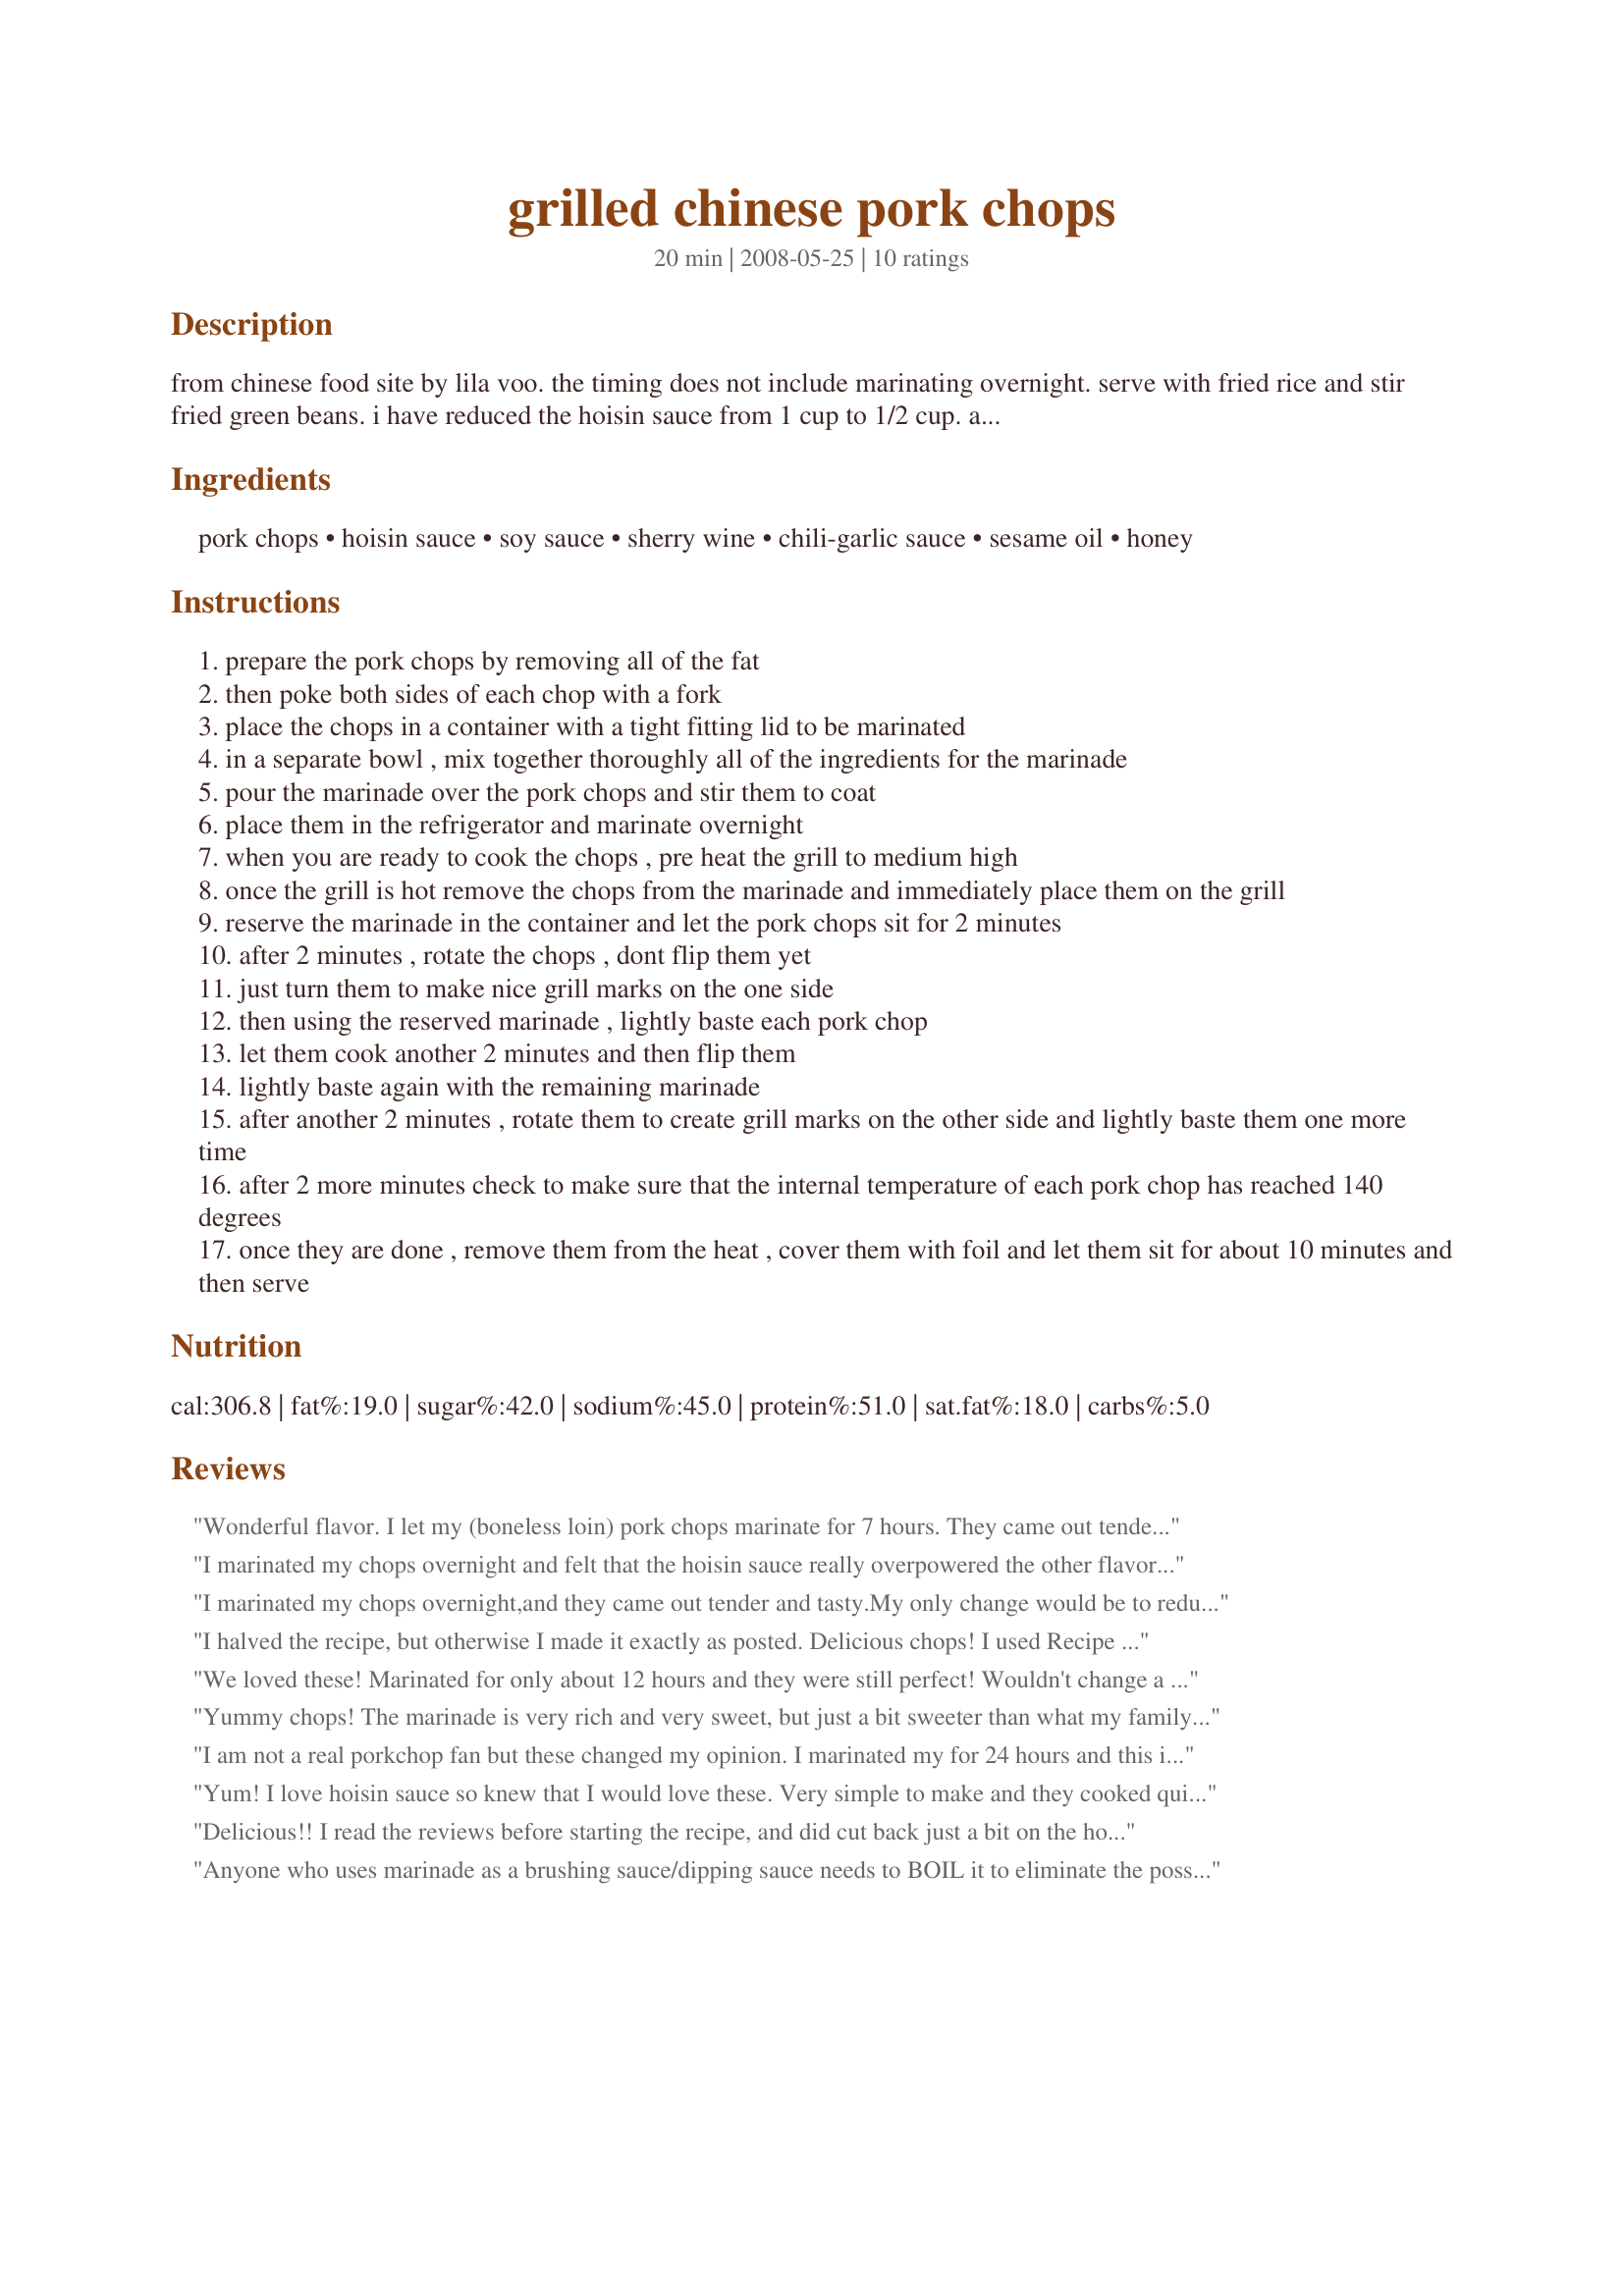
grilled chinese pork chops
Preparation time: 20 minutes

from chinese food site by	lila voo. the timing does not include marinating overnight. serve with fried rice and stir fried green beans. i have reduced the hoisin sauce from 1 cup to 1/2 cup. also have reduced the sherry wine from 2 tablespoons to 1 1/2 tablespoons. reductions posted after the first six reviews.

Ingredients:
pork chops, hoisin sauce, soy sauce, sherry wine, chili-garlic sauce, sesame oil, honey

Steps:
prepare the pork chops by removing all of the fat
then poke both sides of each chop with a fork
place the chops in a container with a tight fitting lid to be marinated
in a separate bowl , mix together thoroughly all of the ingredients for the marinade
pour the marinade over the pork chops and stir them to coat
place them in the refrigerator and marinate overnight
when you are ready to cook the chops , pre heat the grill to medium high
once the grill is hot remove the chops from the marinade and immediately place them on the grill
reserve the marinade in the container and let the pork chops sit for 2 minutes
after 2 minutes , rotate the chops , dont flip them yet
just turn them to make nice grill marks on the one side
then using the reserved marinade , lightly baste each pork chop
let them cook another 2 minutes and then flip them
lightly baste again with the remaining marinade
after another 2 minutes , rotate them to create grill marks on the other side and lightly baste them one more time
after 2 more minutes check to make sure that the internal temperature of each pork chop has reached 140 degrees
once they are done , remove them from the heat , cover them with foil and let them sit for about 10 minutes and then serve

Reviews:
Wonderful flavor. I let my (boneless loin) pork chops marinate for 7 hours. They came out tender and juicy and tasted great! Thanx for a yummy easy pork chop recipe!
I marinated my chops overnight and felt that the hoisin sauce really overpowered the other flavors. Next time I would use less hoisin sauce and increase the chili-garlic for more heat. There is so much sauce left over even after basting that you could get away with cutting the marinade ingredients in half. I served mine with some wild rice and steamed broccoli. This made a great meal. Thanks for posting. Made for Fall PAC 2009
I marinated my chops overnight,and they came out tender and tasty.My only change would be to reduce the amount of hoisin sauce slightly (I use Amoy,and it's very thick and rich!) and I felt that it didn't quite let the other flavours shine through as well as they should have.A lovely,easy and tasty recipe.Thanks WiGal.
Made for 1-2-3 Hit Wonders.
I halved the recipe, but otherwise I made it exactly as posted. Delicious chops! I used Recipe #92803 92803 for my hoisin and it worked out perfectly. Thanks for sharing!
We loved these! Marinated for only about 12 hours and they were still perfect! Wouldn't change a thing! Thanks for sharing!
Yummy chops! The marinade is very rich and very sweet, but just a bit sweeter than what my family usually likes. I marinated 8 smaller chops overnight and had plenty of marinade. Beautiful color, tenderness and aroma. Thanks WiGal!
I am not a real porkchop fan but these changed my opinion. I marinated my for 24 hours and this is the only way I will eat my porkchops fron now on. My DH loved them also.
Yum! I love hoisin sauce so knew that I would love these. Very simple to make and they cooked quickly. My grandson said he didn't want any - until he tried a taste of mine. Then he wanted his own, lol. Thanks WiGal for a great dinner. Made by a fellow Unruly Under the Influence for ZWT6.
Delicious!! I read the reviews before starting the recipe, and did cut back just a bit on the hoisin sauce, but doubt now that I really needed to do so, we all have different tastes. The only other change I made was to put in a bit of minced garlic to the marinade. What a wonderful flavored pork chop!!! I served our with some red skinned potatoes and corn on the cob. Thanks for sharing the recipe. Made for CQ 2014.
Anyone who uses marinade as a brushing sauce/dipping sauce needs to BOIL it to eliminate the possibility of contamination with uncooked meat juices. This is basic food safety 101. The need for soy AND hoisin is unnecessary since soy is a major component of hoisin. Otherwise the recipe is ok.
